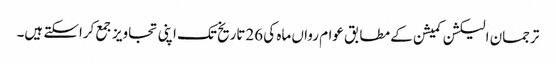
ترجمان الیکشن کمیشن کے مطابق عوام رواں ماہ کی 26تاریخ تک اپنی تجاویز جمع کراسکتے ہیں۔